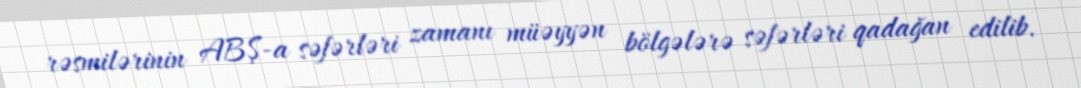
rəsmilərinin ABŞ-a səfərləri zamanı müəyyən bölgələrə səfərləri qadağan edilib.